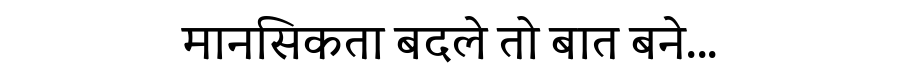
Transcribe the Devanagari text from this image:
मानसिकता बदले तो बात बने...